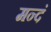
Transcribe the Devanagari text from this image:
मन्दं